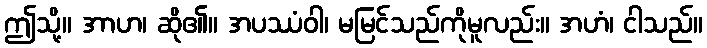
ဤသို့။ အာဟ၊ ဆို၏။ အပဿံဝါ၊ မမြင်သည်ကိုမူလည်း။ အဟံ၊ ငါသည်။